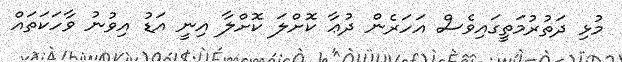
މުޅި ދަތުރުމަތީގައިވެސް އަހަރެން ދުޢާ ކޮށްލަ ކޮށްލާ އިނީ އަޑު އިވުނު ވާހަކަތައް